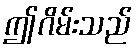
ဤဂိမ်းသည်